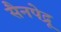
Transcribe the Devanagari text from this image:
सैनपेद्रू